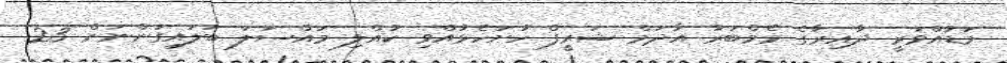
މަޑުއްވަރީ ދާއިރާގެ މެމްބަރު އާދަމް ޝަރީފް ހުށަހެޅުއްވި ކުއްލި މައްސަލަ ބަލައިގަންނަން 23